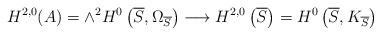
LaTeX: \begin{align*}H^{2,0}(A)=\wedge^{2}H^{0}\left(\overline{S},\Omega_{\overline{S}}\right)\longrightarrow H^{2,0}\left(\overline{S}\right)=H^{0}\left(\overline{S},K_{\overline{S}}\right)\end{align*}